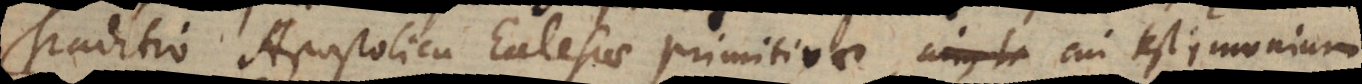
raditio Apostolica Ecclesiae primitivae, cui testimonium